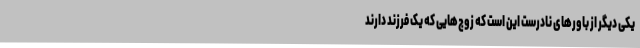
یکی دیگر از باور‌های نادرست این است که زوج‌هایی که یک فرزند دارند